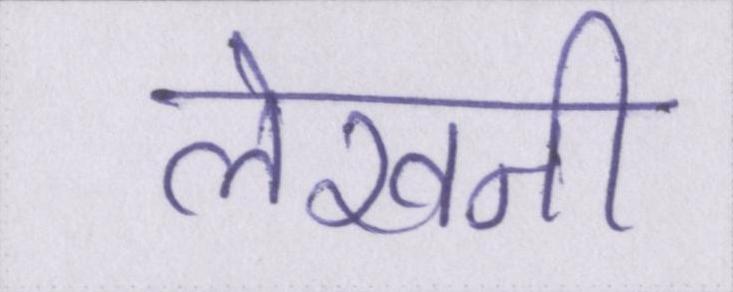
लेखनी